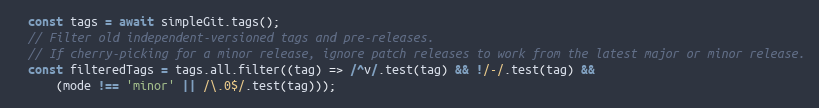
Language: JavaScript
  const tags = await simpleGit.tags();
  // Filter old independent-versioned tags and pre-releases.
  // If cherry-picking for a minor release, ignore patch releases to work from the latest major or minor release.
  const filteredTags = tags.all.filter((tag) => /^v/.test(tag) && !/-/.test(tag) &&
      (mode !== 'minor' || /\.0$/.test(tag)));